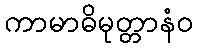
ကာမာဓိမုတ္တာနံဝ